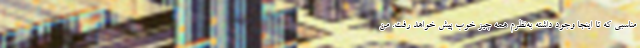
مناسبی که تا اینجا وجود داشته به‌نظرم همه چیز خوب پیش خواهد رفت. من